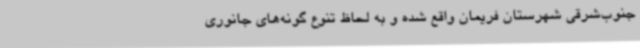
جنوب‌شرقی شهرستان فریمان واقع شده‌ و به لحاظ تنوع گونه‌های جانوری